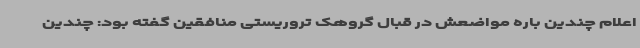
اعلام چندین باره مواضعش در قبال گروهک تروریستی منافقین گفته بود: چندین